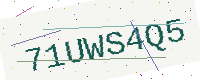
Text: 71UWS4Q5